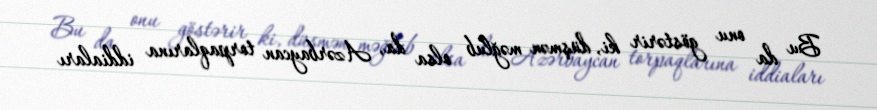
Bu da onu göstərir ki, düşmən məğlub olsa da, Azərbaycan torpaqlarına iddiaları